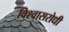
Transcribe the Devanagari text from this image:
विश्‍वासरोधी